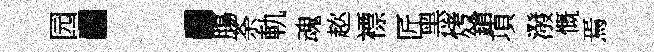
园：膓荼軌魂趑褾匠黑烤鎗項潑慨焉